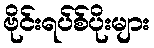
ဗိုင်းရပ်စ်ပိုးများ